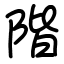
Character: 階